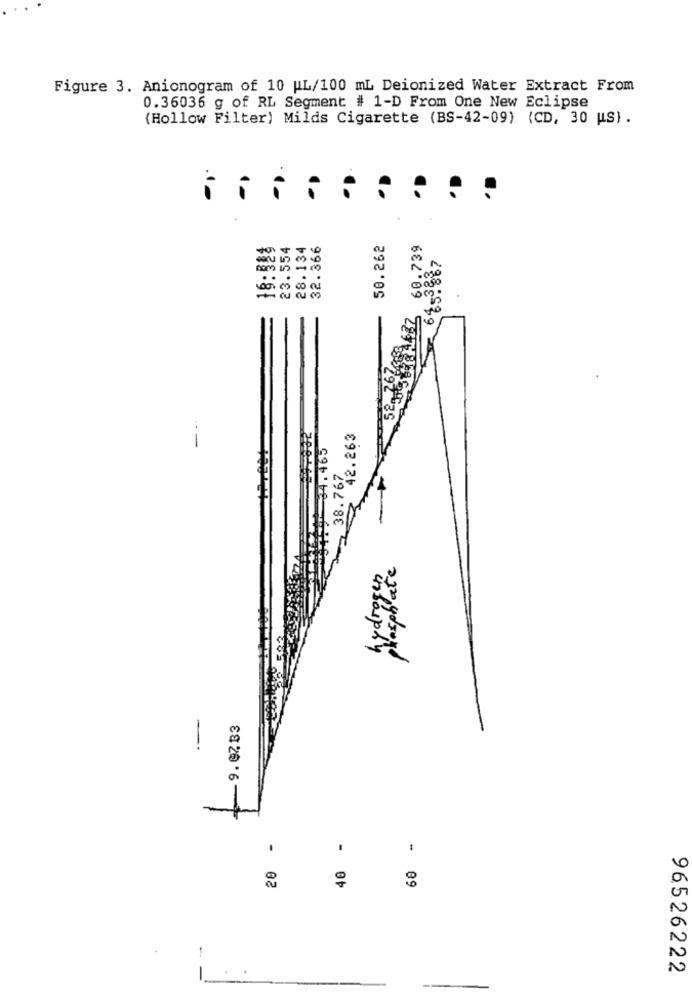
Figure 3. Anionogram of 10 WL/100 mL Deionized Water Extract From
0.36036 g of RL Segment # 1-D From One New Eclipse
(Hollow Filter) Milds Cigarette (BS-42-09) (CD, 30 us) .
18:328
23.554
28.134
32.366
50.262
60.739
ino
53.84632
52. 764kg
42.263
4179 64.465
38.767
phosphate
hydrogen
-
-9.0783
40 -
60 -
20 -
-
96526222